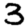
Digit: 3